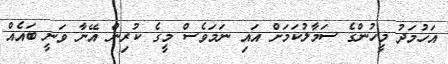
އަހުމަދު މީހުންގެ ސަމާލުކަމަށް އައި ނަމަވެސް މީގެ ކުރިން އޭނާ ވަނީ ބައެއް